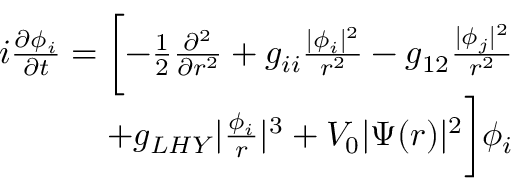
\begin{array} { r } { i \frac { \partial \phi _ { i } } { \partial t } = \biggl [ - \frac { 1 } { 2 } \frac { \partial ^ { 2 } } { \partial r ^ { 2 } } + g _ { i i } \frac { | \phi _ { i } | ^ { 2 } } { r ^ { 2 } } - g _ { 1 2 } \frac { | \phi _ { j } | ^ { 2 } } { r ^ { 2 } } } \\ { + g _ { L H Y } | \frac { \phi _ { i } } { r } | ^ { 3 } + V _ { 0 } | \Psi ( r ) | ^ { 2 } \biggr ] \phi _ { i } } \end{array}